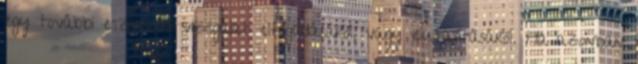
egy további eszközös vizsgálat elfogadásáról, vagy elutasításáról. Ha azonban